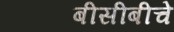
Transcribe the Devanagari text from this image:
बीसीबीचे